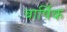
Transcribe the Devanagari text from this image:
बार्षिक